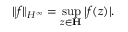
\| f \| _ { H ^ { \infty } } = \operatorname* { s u p } _ { z \in \mathbf { H } } | f ( z ) | .